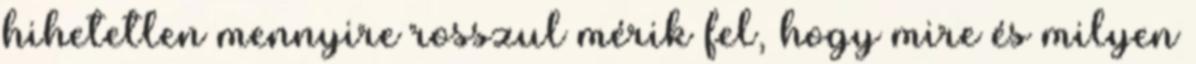
hihetetlen mennyire rosszul mérik fel, hogy mire és milyen